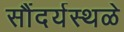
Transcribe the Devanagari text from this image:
सौंदर्यस्थळे